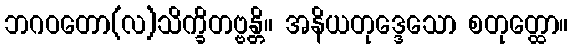
ဘဂဝတော(လ)သိက္ခိတဗ္ဗန္တိ။ အနိယတုဒ္ဒေသော စတုတ္ထော။